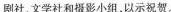
剧社文学社和摄影小组，以示祝贺。